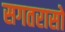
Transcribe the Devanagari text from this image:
सगतरासो